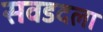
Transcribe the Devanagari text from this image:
सवडदला